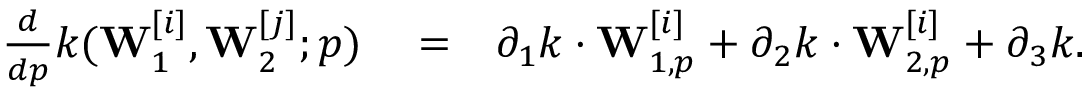
\begin{array} { r l r } { \frac { d } { d p } k ( \mathbf { W } _ { 1 } ^ { [ i ] } , \mathbf { W } _ { 2 } ^ { [ j ] } ; p ) } & { { } = } & { \partial _ { 1 } k \cdot \mathbf { W } _ { 1 , p } ^ { [ i ] } + \partial _ { 2 } k \cdot \mathbf { W } _ { 2 , p } ^ { [ i ] } + \partial _ { 3 } k . } \end{array}